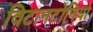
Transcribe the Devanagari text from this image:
विटानटोनियो